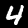
Label: 4